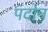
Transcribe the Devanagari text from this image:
पर्दान